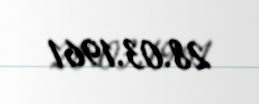
28.03.1961